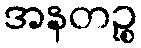
အနတဉ္စ